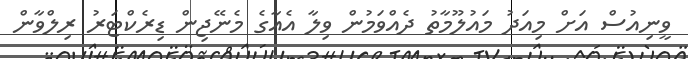
ވީނިއުސް އަށް މިއަދު މައުލޫމާތު ދެއްވަމުން ވިލާ އެއާގެ މެނޭޖިން ޑިރެކްޓަރު ރިލްވާން